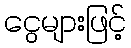
ငွေများဖြင့်